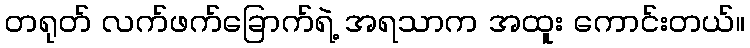
တရုတ် လက်ဖက်ခြောက်ရဲ့ အရသာက အထူး ကောင်းတယ်။